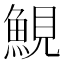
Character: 𩷪